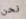
نحن